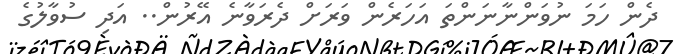
ދެން ހަމަ ނުވަންނާނަންތަ އަހަރެން ވަރަށް ދެރަވާނެ އޭރުން.. އަދި ސުވާލުގެ